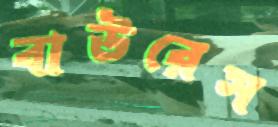
বাউরেস